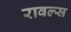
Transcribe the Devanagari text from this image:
रावल्स